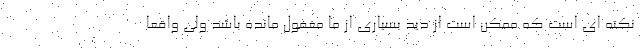
نکته ای است که ممکن است از دید بسیاری از ما مغفول مانده باشد ولی واقعا